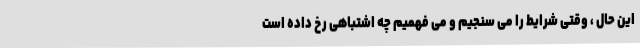
این حال ، وقتی شرایط را می سنجیم و می فهمیم چه اشتباهی رخ داده است